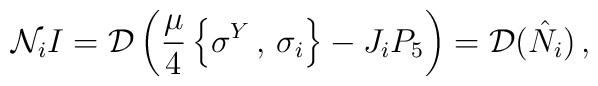
{\cal N}_{i}I={\cal D}\left(\frac{\mu}{4}\left\{ \sigma^{Y}\,,\,\sigma_{i}\right\}- J_{i}P_{5}\right)={\cal D}(\hat N_{i})\,,